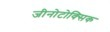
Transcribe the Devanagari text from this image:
जीनोटोक्सिक